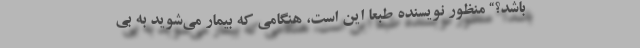
باشد؟“ منظور نویسنده طبعاً این است، هنگامی که بیمار می‌شوید به بی